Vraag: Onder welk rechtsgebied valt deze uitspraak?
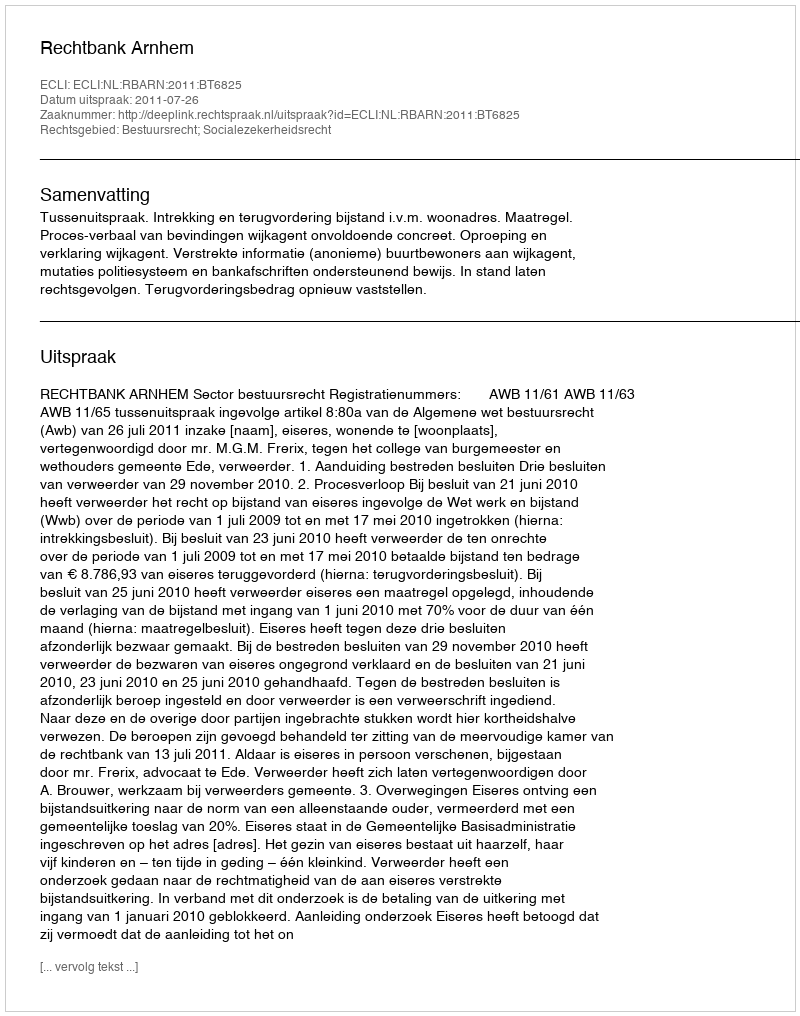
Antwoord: Bestuursrecht; Socialezekerheidsrecht